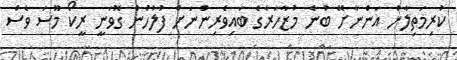
ކުރިމަތިލާން އަންނާށޭ ބުނެ މުޒާހަރާގެ ބައިވެރިންނަށް ފުލުހުން ގޮވަނީ ރީކޯ މޫސަ ވެސް